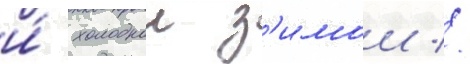
и́ холоднои з'имои //